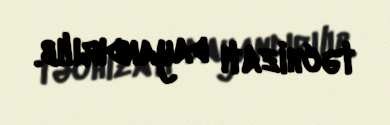
təchizatı dayandırılıb.